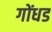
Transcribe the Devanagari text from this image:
गोंधड